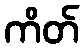
ကိတ်